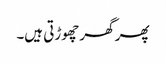
پھر گھر چھوڑتی ہیں۔